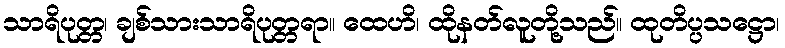
သာရိပုတ္တ၊ ချစ်သားသာရိပုတ္တရာ။ ထေဟိ၊ ထိုနတ်လူတို့သည်။ ထုတိပ္ပသဋ္ဌော၊